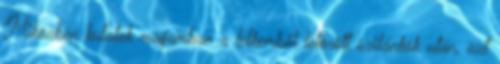
Miközben kutatok magamban a lelkemből letörött szilánkok után, azt